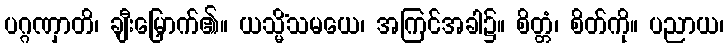
ပဂ္ဂဏှာတိ၊ ချီးမြှောက်၏။ ယသ္မိံသမယေ၊ အကြင်အခါ၌။ စိတ္တံ၊ စိတ်ကို။ ပညာယ၊